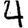
Digit: 4